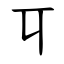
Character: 㔿